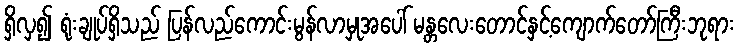
ရှိလှ၍ ရုံးချုပ်ရှိသည် ပြန်လည်ကောင်းမွန်လာမှုအပေါ် မန္တလေးတောင်နှင့်ကျောက်တော်ကြီးဘုရား